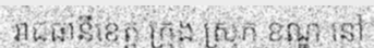
រាជធានីខេត្ត ក្រុង ស្រុក ខណ្ឌ នៅ